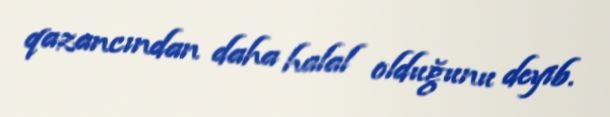
qazancından daha halal olduğunu deyib.